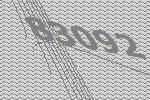
83092